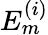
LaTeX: E_{m}^{\left(i\right)}